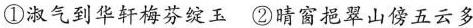
①淑气到华轩梅芬绽玉②晴窗挹翠山傍五云多